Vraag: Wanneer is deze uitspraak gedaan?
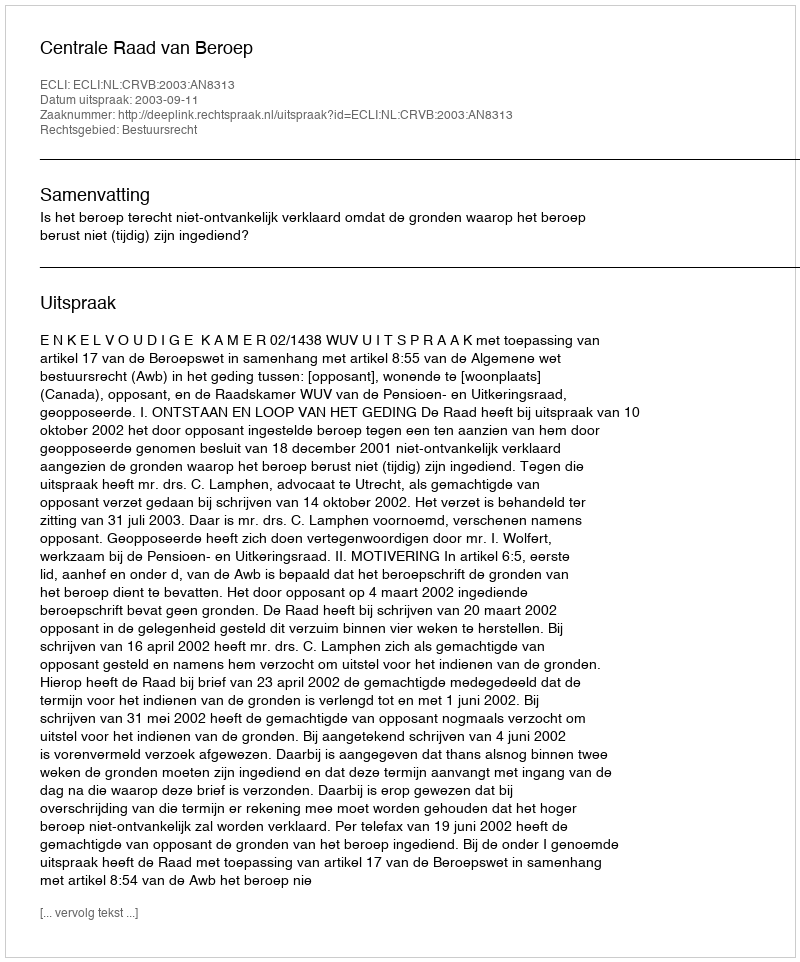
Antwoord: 2003-09-11